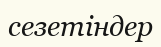
сезетіндер